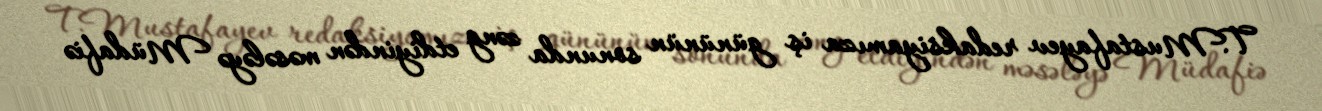
T.Mustafayev redaksiyamıza iş gününün sonunda zəng etdiyindən məsələyə Müdafiə